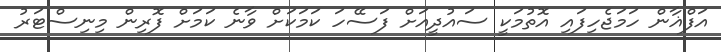
އަފްޣާން ހަމަޖެހިފައި އޮތުމަކީ ސައުދީއަށް ފަސޭހަ ކަމަކަށް ވާނެ ކަމަށް ފޮރިން މިނިސްޓަރު